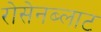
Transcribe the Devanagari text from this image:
रोसेनब्लाट